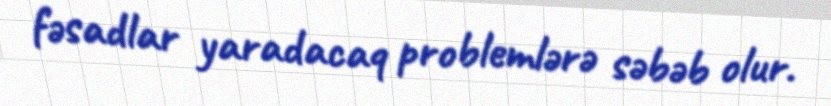
fəsadlar yaradacaq problemlərə səbəb olur.